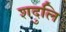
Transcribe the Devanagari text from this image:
शदुलि